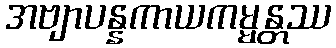
အဗျာပန္နကာယကမ္မန္တဿ